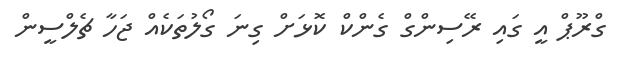
ގްރޫޕް އީ ގައި ރޭސިންގް ގެންކް ކޮޅަށް ގިނަ ގޯލުތަކެއް ޖަހާ ޗެލްސީން